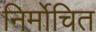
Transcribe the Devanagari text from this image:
निर्मोचित